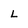
Character: L